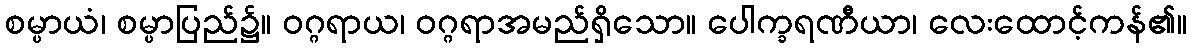
စမ္ပာယံ၊ စမ္ပာပြည်၌။ ဝဂ္ဂရာယ၊ ဝဂ္ဂရာအမည်ရှိသော။ ပေါက္ခရဏီယာ၊ လေးထောင့်ကန်၏။